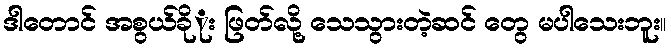
ဒါတောင် အစွယ်ခိုုး ဖြတ်လို့ သေသွားတဲ့ဆင် တွေ မပါသေးဘူး။